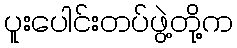
ပူးပေါင်းတပ်ဖွဲ့တို့က